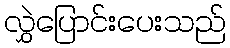
လွှဲပြောင်းပေးသည်